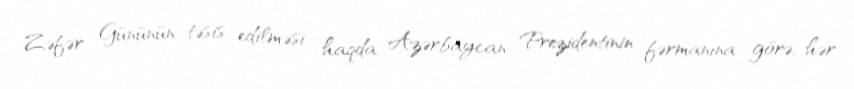
Zəfər Gününün təsis edilməsi haqda Azərbaycan Prezidentinin fərmanına görə, hər